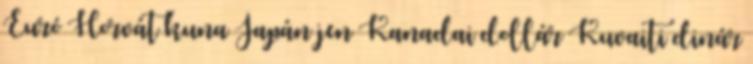
Euró Horvát kuna Japán jen Kanadai dollár Kuvaiti dinár